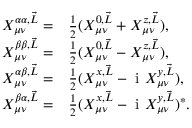
\begin{array} { r l } { X _ { \mu \nu } ^ { \alpha \alpha , \vec { L } } = } & { { } \frac { 1 } { 2 } ( X _ { \mu \nu } ^ { 0 , \vec { L } } + X _ { \mu \nu } ^ { z , \vec { L } } ) , } \\ { X _ { \mu \nu } ^ { \beta \beta , \vec { L } } = } & { { } \frac { 1 } { 2 } ( X _ { \mu \nu } ^ { 0 , \vec { L } } - X _ { \mu \nu } ^ { z , \vec { L } } ) , } \\ { X _ { \mu \nu } ^ { \alpha \beta , \vec { L } } = } & { { } \frac { 1 } { 2 } ( X _ { \mu \nu } ^ { x , \vec { L } } - \mathrm { ~ i ~ } X _ { \mu \nu } ^ { y , \vec { L } } ) , } \\ { X _ { \mu \nu } ^ { \beta \alpha , \vec { L } } = } & { { } \frac { 1 } { 2 } ( X _ { \mu \nu } ^ { x , \vec { L } } - \mathrm { ~ i ~ } X _ { \mu \nu } ^ { y , \vec { L } } ) ^ { * } . } \end{array}